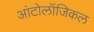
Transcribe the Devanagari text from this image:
आंटोलॉजिकल